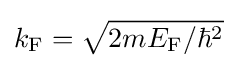
k_{\rm {F}}={\sqrt {2mE_{\rm {F}}/\hbar ^{2}}}